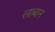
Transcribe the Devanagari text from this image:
लाबान